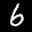
Label: 6